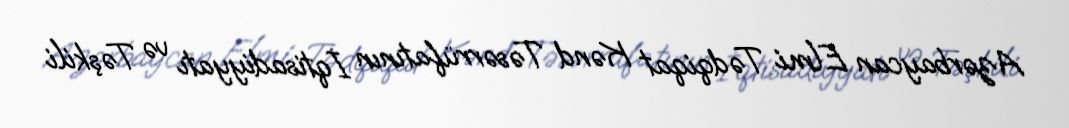
Azərbaycan Elmi Tədqiqat Kənd Təsərrüfatının İqtisadiyyatı və Təşkili